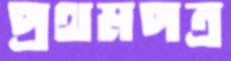
প্রথমপত্র